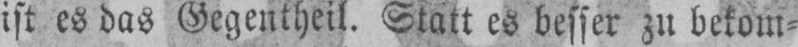
ist es das Gegentheil. Statt es besser zu bekom⸗